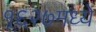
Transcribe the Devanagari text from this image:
१६२७मध्ये